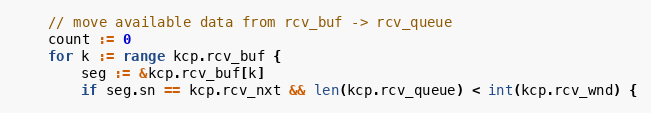
Language: Go
	// move available data from rcv_buf -> rcv_queue
	count := 0
	for k := range kcp.rcv_buf {
		seg := &kcp.rcv_buf[k]
		if seg.sn == kcp.rcv_nxt && len(kcp.rcv_queue) < int(kcp.rcv_wnd) {